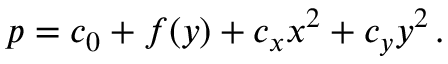
p = c _ { 0 } + f ( y ) + c _ { x } x ^ { 2 } + c _ { y } y ^ { 2 } \, .